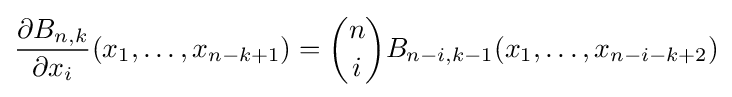
{\frac {\partial B_{n,k}}{\partial x_{i}}}(x_{1},\ldots ,x_{n-k+1})={\binom {n}{i}}B_{n-i,k-1}(x_{1},\ldots ,x_{n-i-k+2})